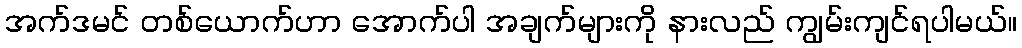
အက်ဒမင် တစ်ယောက်ဟာ အောက်ပါ အချက်များကို နားလည် ကျွမ်းကျင်ရပါမယ်။